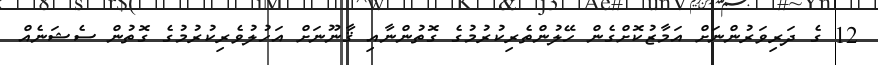
12 ގެ ދަރިވަރުންނަށް އަމާޒުކޮށްގެން ހޭލުންތެރިކުރުމުގެ ގޮތުންނާއި ޤާނޫނަށް އަހުލުވެރިކުރުމުގެ ގޮތުން ސެޝަނެއް